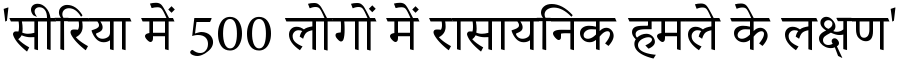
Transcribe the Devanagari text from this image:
'सीरिया में 500 लोगों में रासायनिक हमले के लक्षण'